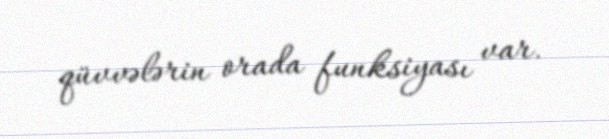
qüvvələrin orada funksiyası var.